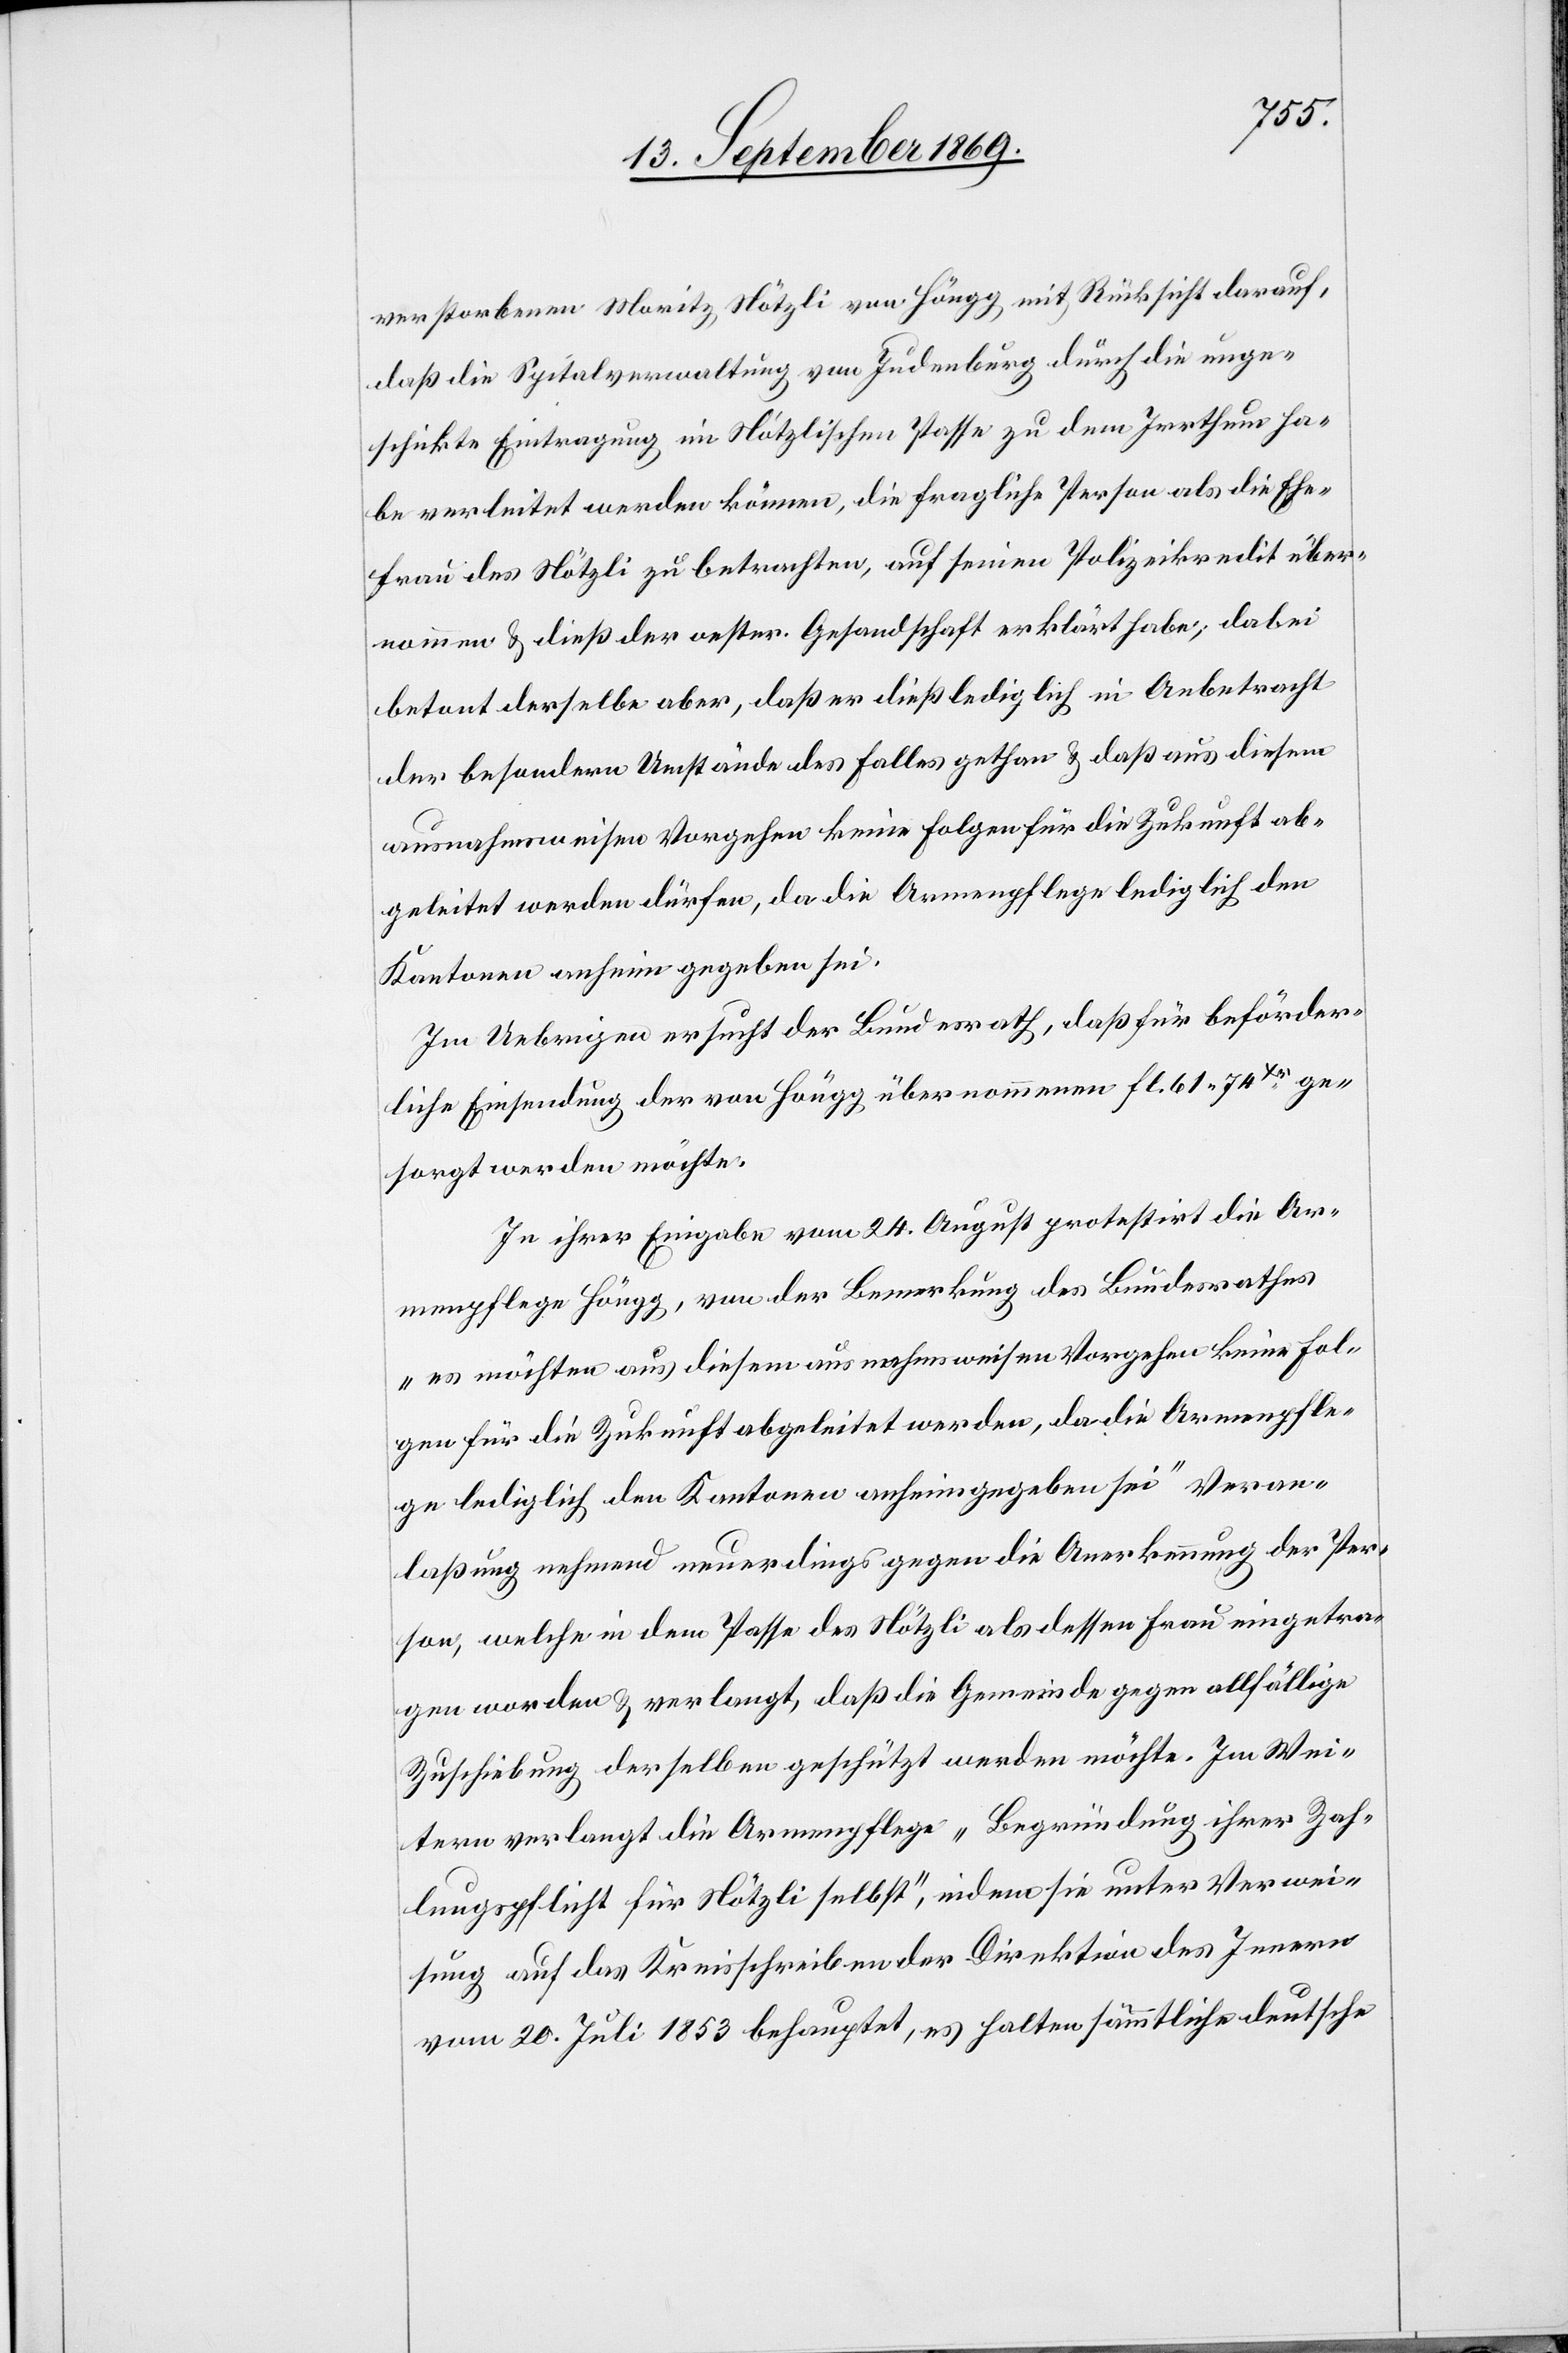
verstorbenen Moritz Nötzli von Höngg mit Rücksicht darauf,
daß die Spitalverwaltung von Judenburg durch die unge¬
schickte Eintragung im Nötzlischen Passe zu dem Irrthum ha¬
be verleitet werden können, die fragliche Person als die Ehe¬
frau des Nötzli zu betrachten, auf seinen Polizeikredit über¬
nommen & dieß der oester. Gesandtschaft erklärt habe; dabei
betont derselbe aber, daß er dieß lediglich in Anbetracht
der besondern Umstände des Falles gethan & daß aus diesem
ausnahmsweisen Vorgehen keine Folgen für die Zukunft ab¬
geleitet werden dürfen, da die Armenpflege lediglich den
Kantonen anheim gegeben sei.
Im Uebrigen ersucht der Bundesrath, daß für beförder¬
liche Einsendung der von Höngg übernommenen fl. 61 74Xr ge¬
sorgt werden möchte.
In ihrer Eingabe vom 24. August protestirt die Ar¬
menpflege Höngg, von der Bemerkung des Bundesrathes
„es möchten aus diesem ausnahmsweisen Vorgehen keine Fol¬
gen für die Zukunft abgeleitet werden, da die Armenpfle¬
ge lediglich den Kantonen anheimgegeben sei“ Veran¬
laßung nehmend neuerdings gegen die Anerkennung der Per¬
son, welche in dem Passe des Nötzli als dessen Frau eingetra¬
gen worden & verlangt, daß die Gemeinde gegen allfällige
Zuschiebung derselben geschützt werden möchte. Im Wei¬
tern verlangt die Armenpflege „Begründung ihrer Zah¬
lungspflicht für Nötzli selbst“, indem sie unter Verwei¬
sung auf das Kreisschreiben der Direktion des Innern
vom 20. Juli 1853 behauptet, es halten sämmtliche deutsche